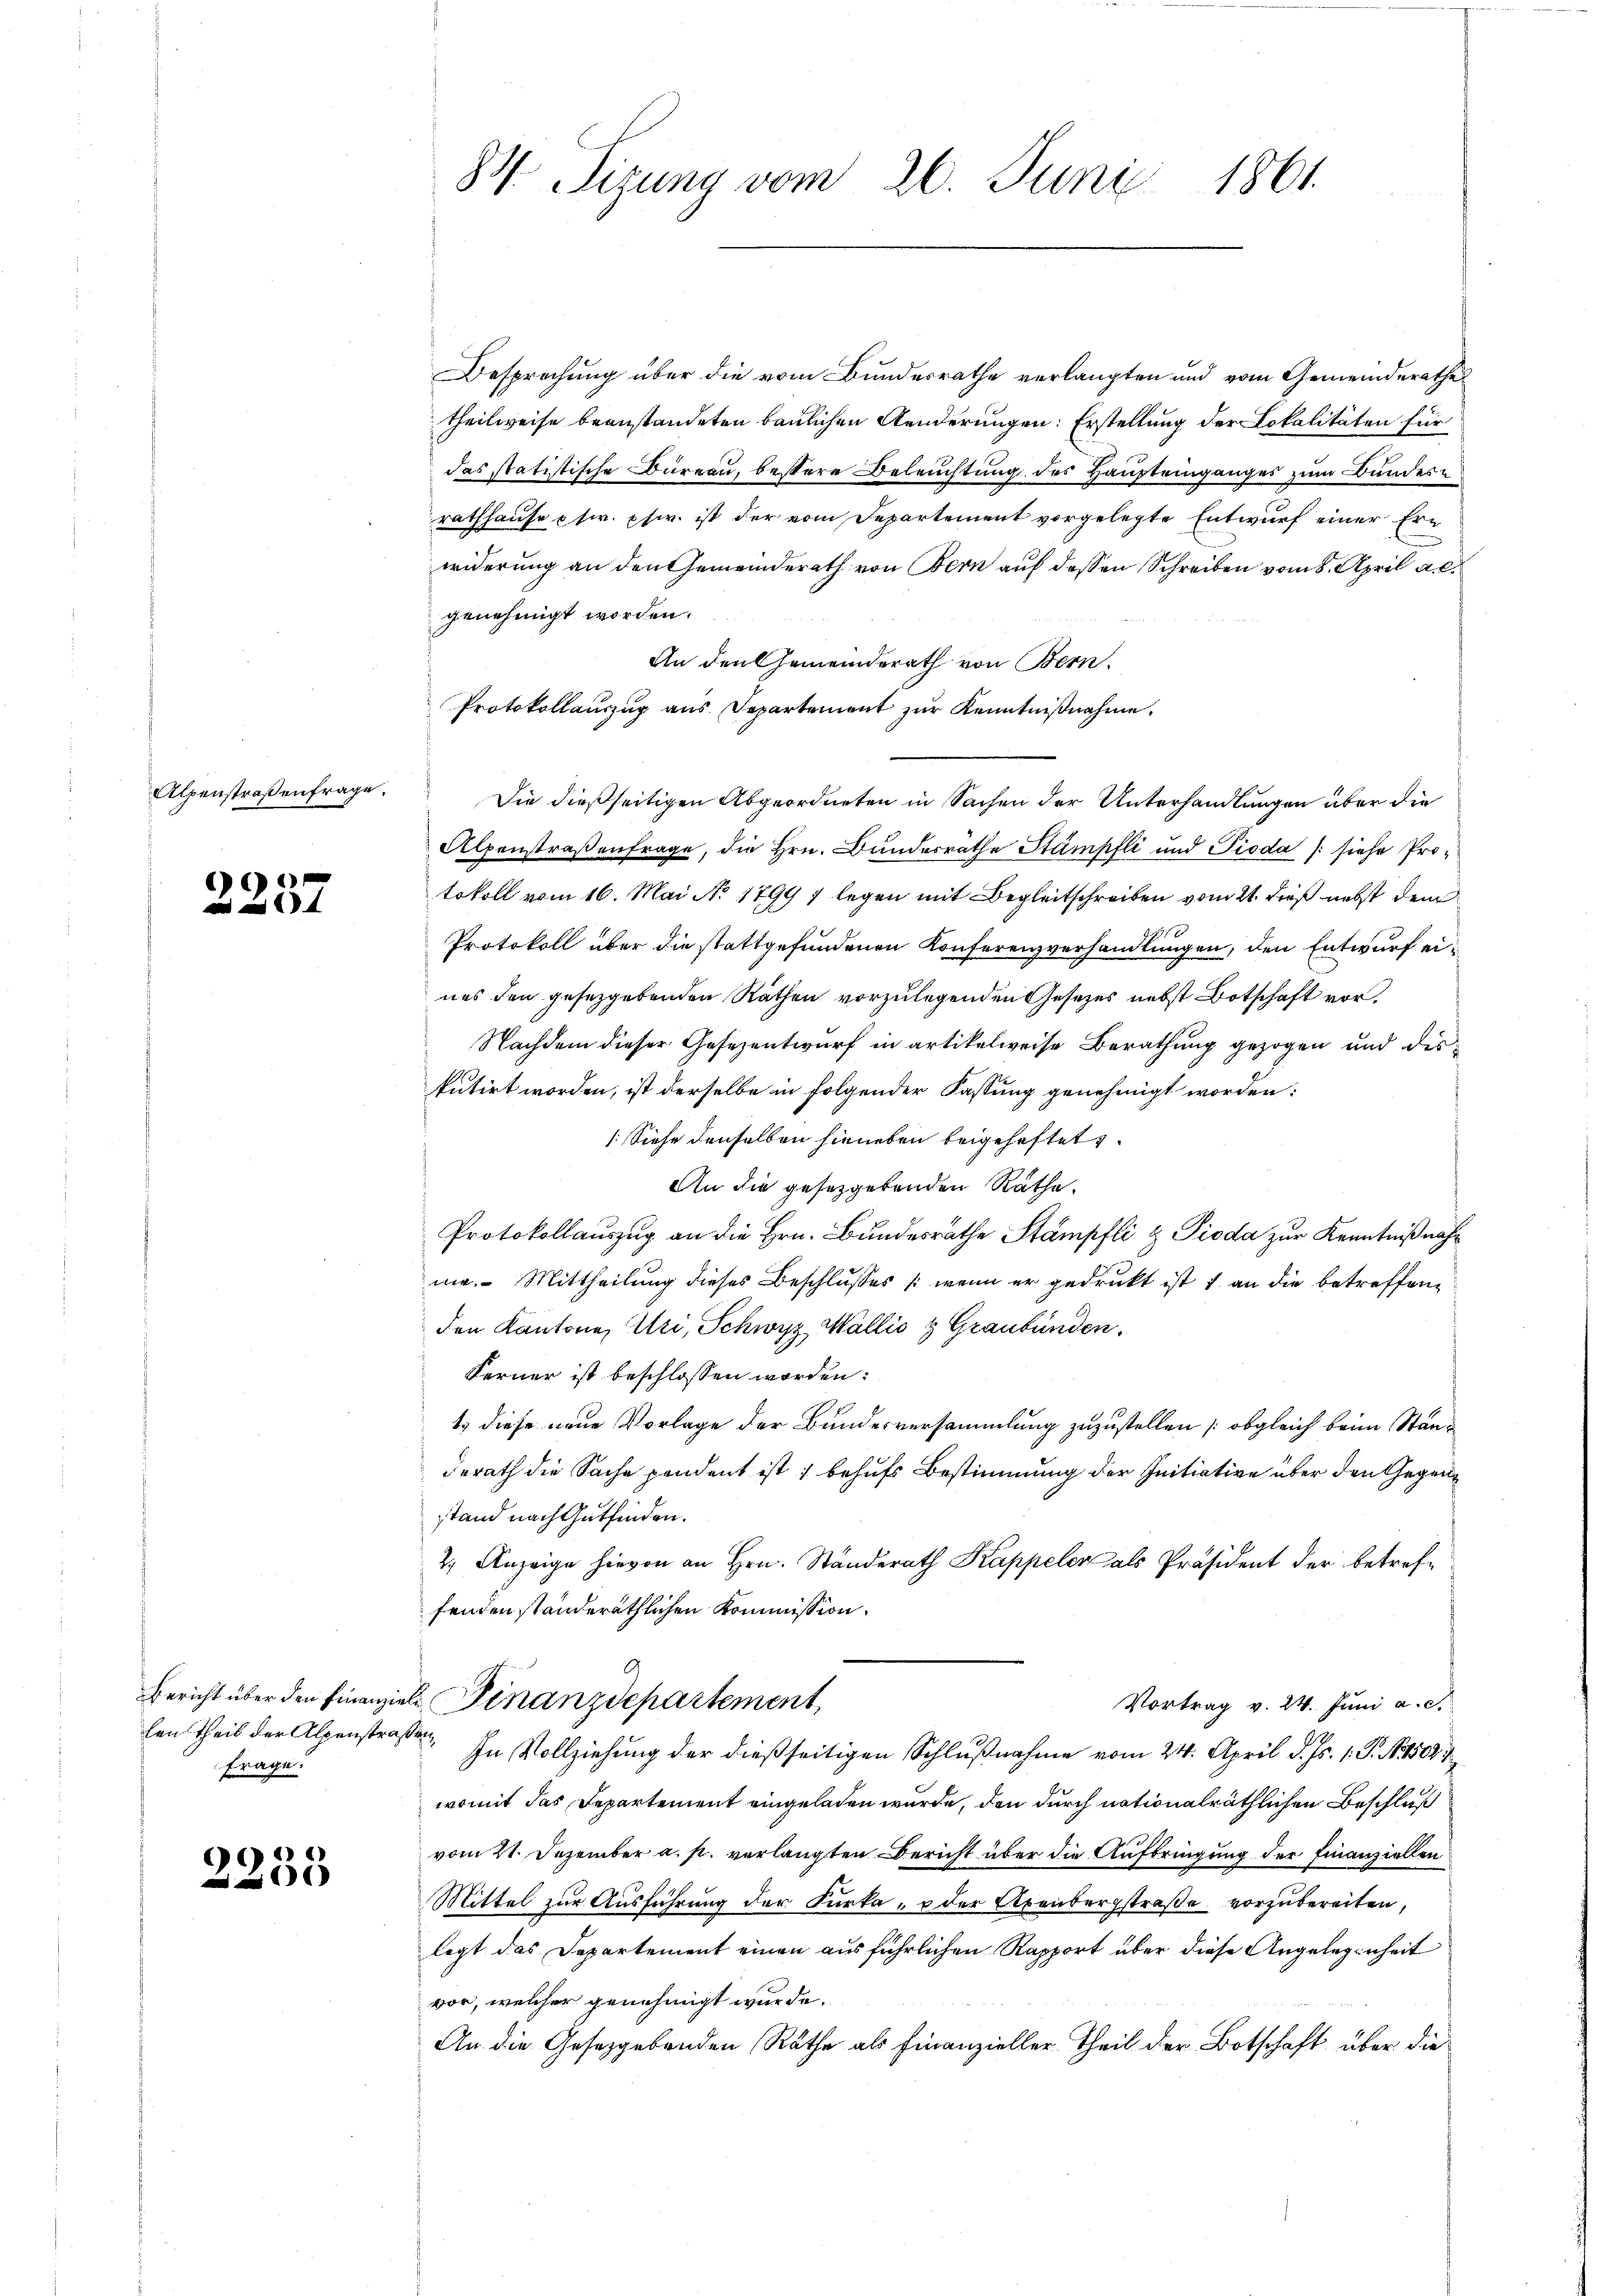
Alpenstraßenfrage.

2257

Bericht über den Finanzilen theil der Alpenstrafrage.

2235

84. Sizung vom 26. Juni 1861.

Besprechung über die vom Bundesrathe verlangten und vom Gemeinderathe
Theilweise beanstandeten baulichen Aenderungen: Erstellung der Lokalitäten für
das statitische Büreau, bessere Beleuchtung des Haupteinganges zum Bundesrathhause usw. pfw. ist der vom Departement vorgelegte Entwurf einer Erwiderung an den Gemeinderath von Bern auf dessen Schreiben vom 8. April al
genehmigt worden.
An den Gemeinderath von Bern.
Protokollauszug aus Departement zur Kenntnißnahme.
Die dießseitigen Abgeordneten in Sachen der Unterhandlungen über die
Alpenstraßenfrage, die Hrn. Bundesrathe Stämpfli und Pioda (siehe Protokoll vom 16. Mai No 1799 7 legen mit Begleitschreiben vom 21. dieß nebst dem
Protokoll über die stattgefundenen Konferenzverhandlungen, den Entwurf eines den gesetzgebenden Räthen vorzulegenden Gesetzes nebst Botschaft vor.
Nachdem dieser Gesezentwurf in artikelweise Berathung gezogen und die
putirt worden, ist derselbe in folgender Fassung genehmigt worden:
(Siehe denselben hieneben beigeheftet.
An die gesetzgebenden Rathe.
Protokollauszug an die Hrn. Bundesrathe Stampfli & Pioda zur Kenntniß nahme. Mittheilung dieses Beschlusses /: wenn er gedruckt ist & an die betreffenden Kantone, Uri, Schwyz Wallis & Graubünden.
Ferner ist beschlossen worden:
1.) diese neue Vorlage der Bundesversammlung zuzustellen (obgleich beim Standerath die Sache pendent ist behufs Bestimmung der Initiative über den Gegenstand nach Gutfinden.
2. Anzeige hievon an Hrn. Ständerath Kappeler als Präsident der betreffenden standeräthlichen Kommission.
E. Finanzdepartement
Vortrag v. 24. Juni a. c.
den. In Vollziehung der dießseitigen Schlußnahme vom 24. April d. Js. 1. P. N. 1503. 7
womit das Departement eingeladen wurde, den durch nationalräthlichen Beschluß
vom 21. Dezember a. p. verlangten Bericht über die Aufbringung der Finanziellen
Mittel zur Ausführung der Furka, u der Axenbergstraße vorzubereiten,
legt das Departement einen ausführlichen Rapport über diese Angelegenheit
vor, welcher genehmigt wurde.
An die Gesetzgebenden Räthe als Finanzieller Theil der Botschaft über die